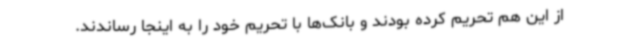
از این هم تحریم کرده بودند و بانک‌ها با تحریم خود را به اینجا رساندند.